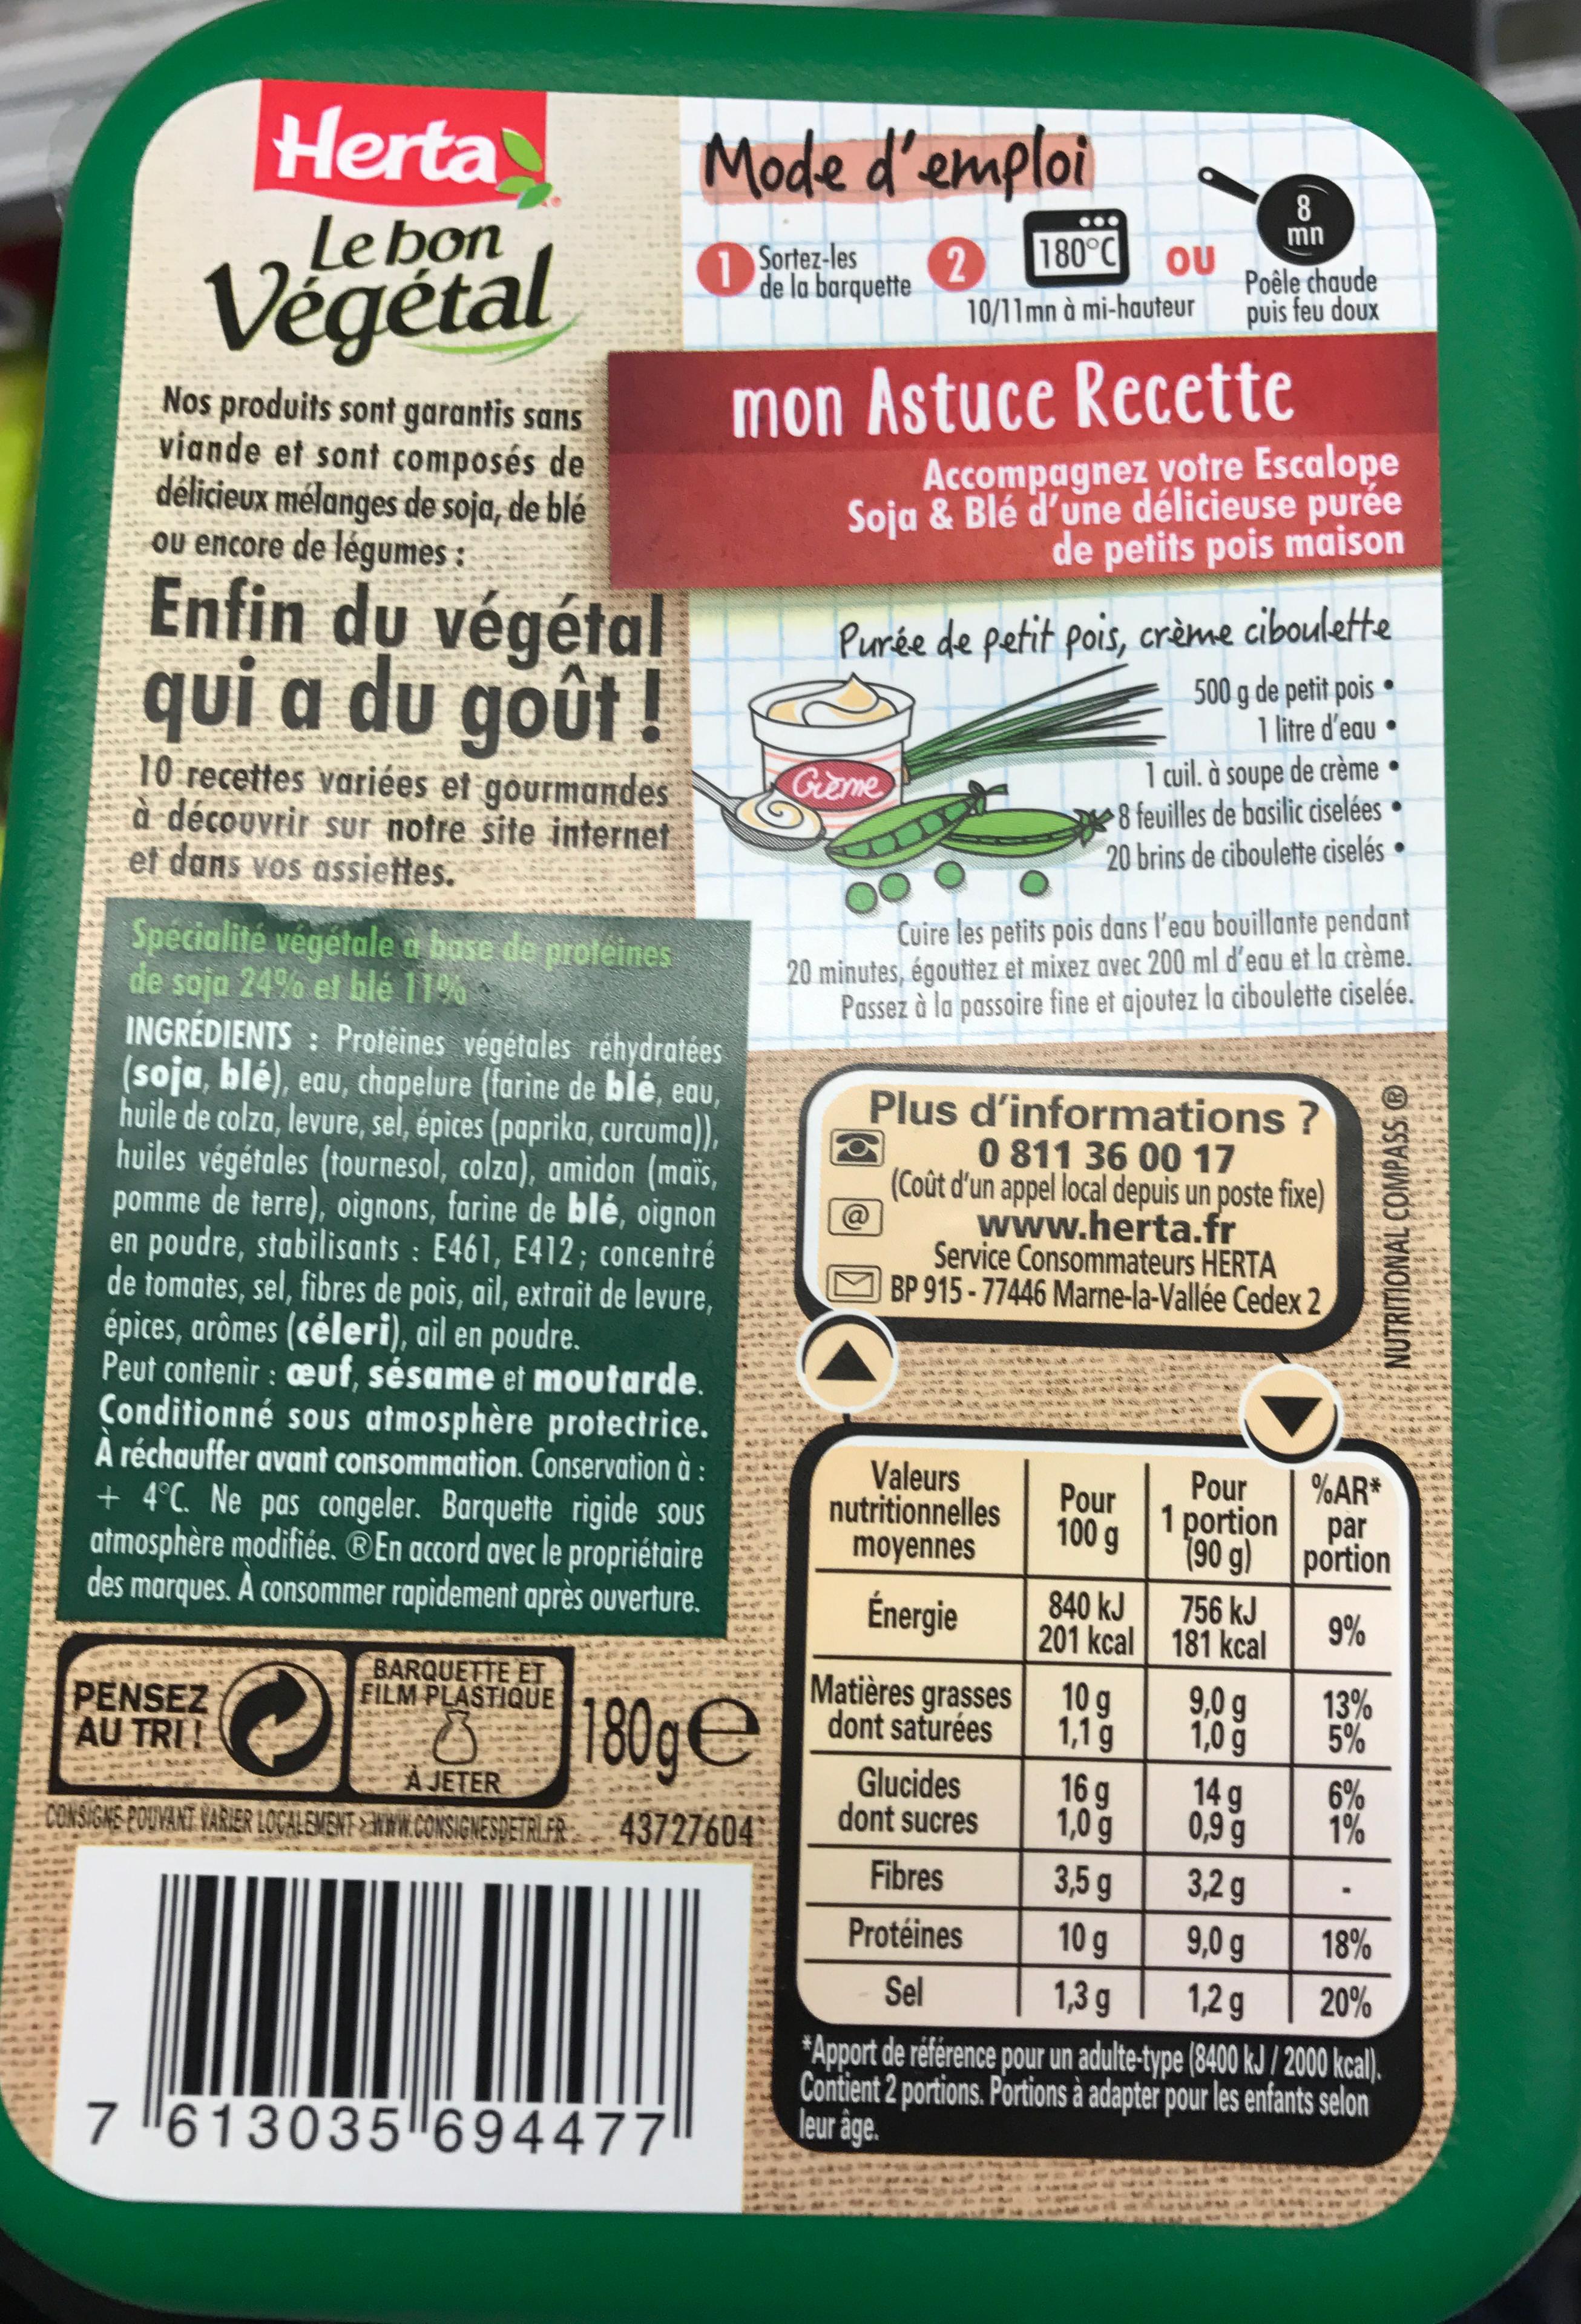
Herta Le bon
Végétal
Nos produits sont garantis sans viande et sont composés de délicieux mélanges de soja, de blé ou encore de légumes:
Enfin du végétal qui a du goût !
10 recettes variées et gourmandes à découvrir sur notre site internet et dans vos assiettes.
Spécialité végétale à base de proteines de soja 24% et blé 11%
PENSEZ AU TRI!
INGRÉDIENTS: Protéines végétales réhydratées (soja, blé), eau, chapelure (farine de blé, eau, huile de colza, levure, sel, épices (paprika, curcuma)), huiles végétales (tournesol, colza), amidon (maïs, pomme de terre), oignons, farine de blé, oignon en poudre, stabilisants: E461, E412; concentré de tomates, sel, fibres de pois, ail, extrait de levure, épices, arômes (céleri), ail en poudre.
Peut contenir : œuf, sésame et moutarde. Conditionné sous atmosphère protectrice. À réchauffer avant consommation. Conservation à : + 4°C. Ne pas congeler. Barquette rigide sous atmosphère modifiée. En accord avec le propriétaire des marques. A consommer rapidement après ouverture.
BARQUETTE ET FILM PLASTIQUE
Mode d'emploi
Sortez-les de la barquette
2
180°C OU
10/11mn à mi-hauteur
1
7 613035 694477
180ge
A JETER
CONSIGNS POUVANT VARIER LOCALEMENT WWW.CONSIGNESDETAILER 43727604
mon Astuce Recette
Accompagnez votre Escalope Soja & Blé d'une délicieuse purée de petits pois maison
Geme
Purée de petit pois, crème ciboulette 500 g de petit pois
1 litre d'eau
@
Cuire les petits pois dans l'eau bouillante pendant 20 minutes, égouttez et mixez avec 200 ml d'eau et la crème. Passez à la passoire fine et ajoutez la ciboulette ciselée.
Valeurs nutritionnelles moyennes
Énergie
Matières grasses dont saturées
Plus d'informations ?
0 811 36 00 17 (Coût d'un appel local depuis un poste fixe) www.herta.fr
Service Consommateurs HERTA BP 915-77446 Marne-la-Vallée Cedex 2
Glucides dont sucres
Fibres
Protéines
Sel
1 cuil. à soupe de crème.
8 feuilles de basilic ciselées
20 brins de ciboulette ciselés
Poêle chaude puis feu doux
Pour
100 g
840 kJ
201 kcal
10 g
1,1 g
8
mn
16 g
1,0 g
3,5 g
10 g
1,3 g
O
756 kJ
181 kcal
Pour
%AR* 1 portion par
(90 g)
portion
9%
9,0 g
1,0 g
14 g
0,9 g
3,2 g
9,0 g
1,2 g
13%
5%
NUTRITIONAL COMPASS Ⓡ
6%
1%
18%
20%
*Apport de référence pour un adulte-type (8400 kJ / 2000 kcal). Contient 2 portions. Portions à adapter pour les enfants selon leur âge.
www